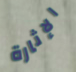
الإثارة